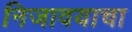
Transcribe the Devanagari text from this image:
निजावयाचा